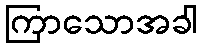
ကြာသောအခါ